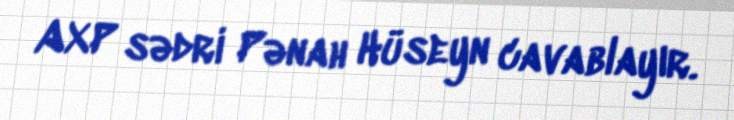
AXP sədri Pənah Hüseyn cavablayır.